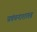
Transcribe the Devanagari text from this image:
प्रवंचनाशास्त्र